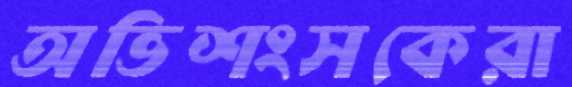
অভিশংসকেরা